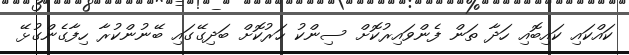
ކައްކައި ކައިބޮއި ހަދާ ތަން ފެންވައިރުކޮށް ސިންކު ހަރުކޮށް ބަދިގޭގައި ބޭނުންކުރާ ހިފާގެންގުޅޭ